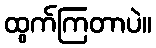
ထွက်ကြတာပဲ။